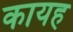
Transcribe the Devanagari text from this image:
कायह